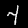
Label: 4